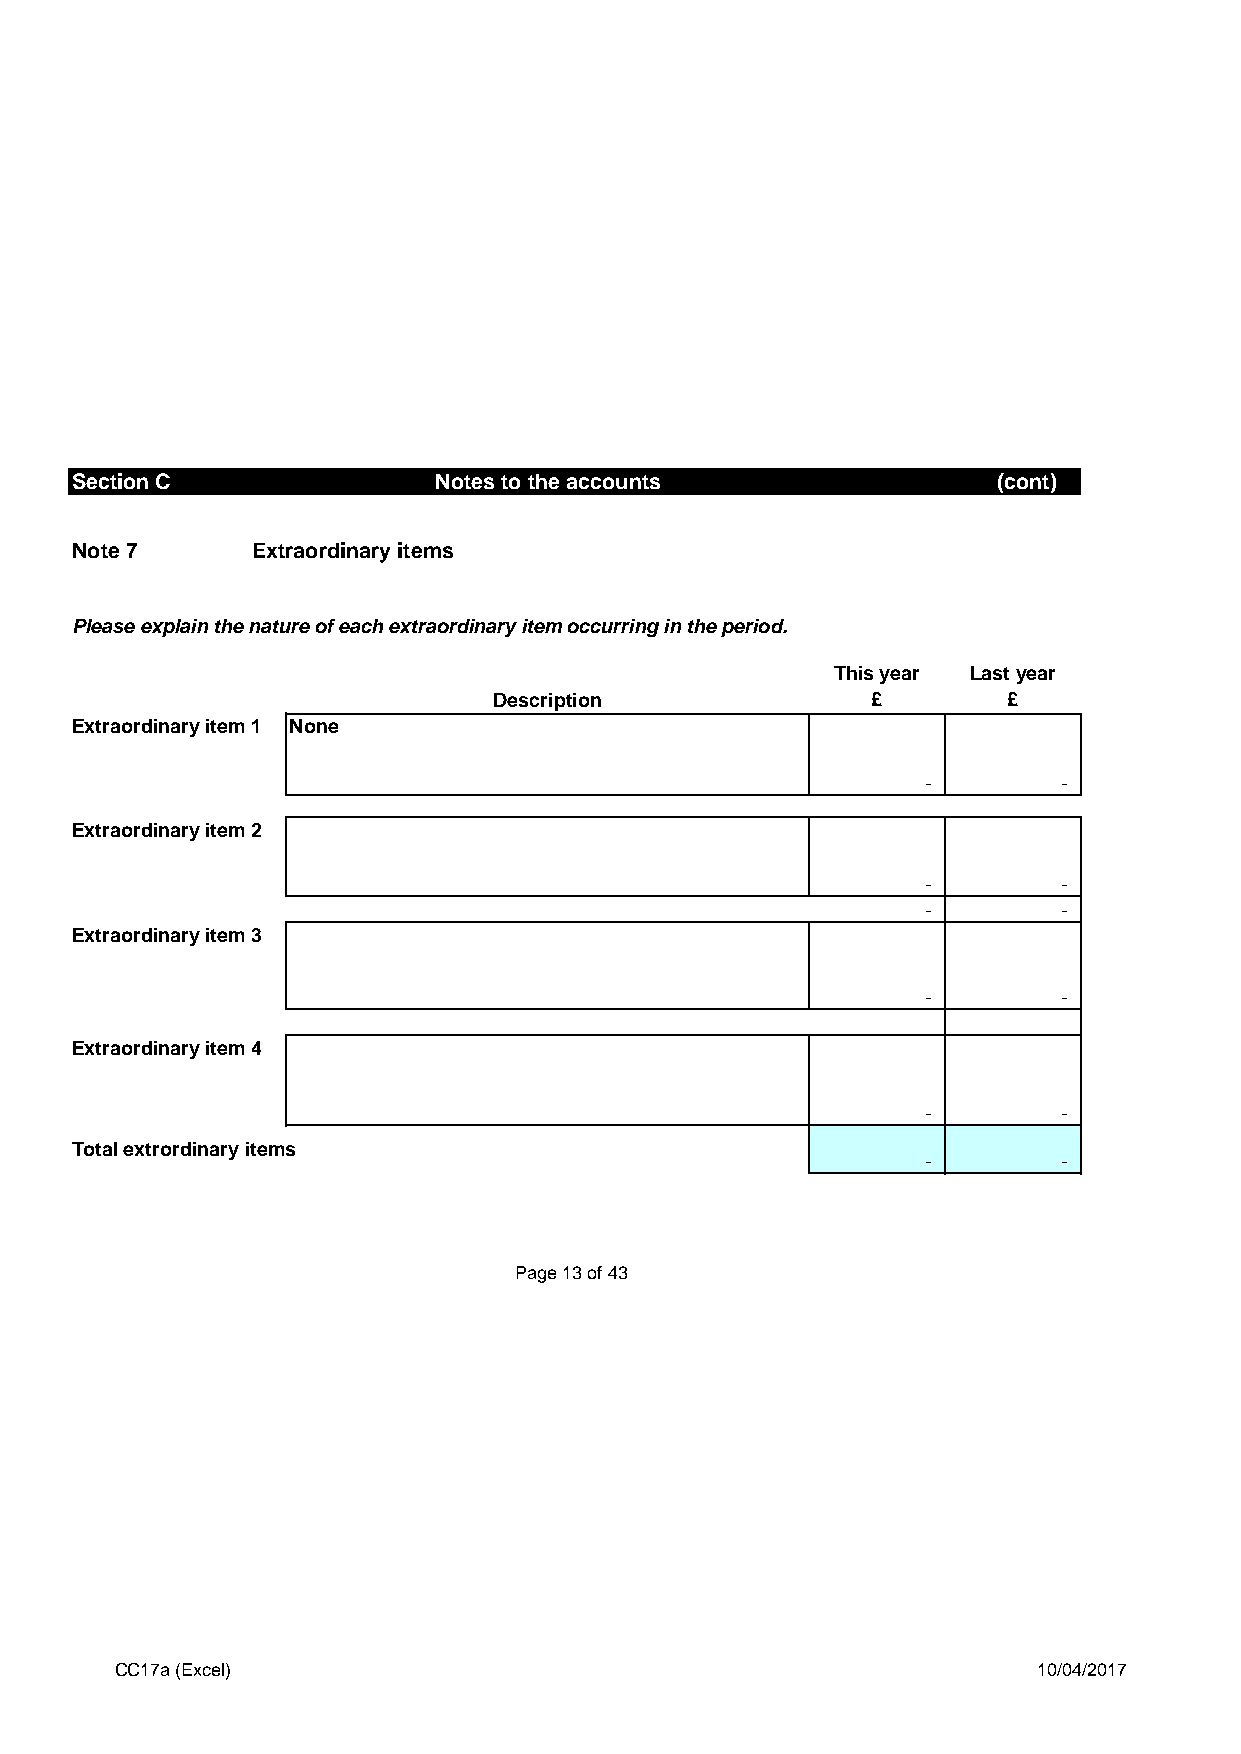
Section C               Notes to the accounts                (cont)
 Note 7      Extraordinary items
 Please explain the nature of each extraordinary item occurring in the period.
 This year Last year
 Description              £        £
 Extraordinary item 1 None
 -        -
 Extraordinary item 2
 -        -
 -        -
 Extraordinary item 3
 -        -
 Extraordinary item 4
 -        -
 Total extrordinary items
 -        -
 Page 13 of 43
 CC17a (Excel)                                                10/04/2017